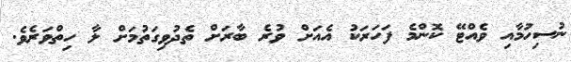
ނުސިހުމާއި ވެއްޓޭ ކޮންމެ ފަހަރަކު އެއަށް ވުރެ ބާރަށް ތެދުވިގަތުމަށް ލާ ހިތްވަރެވެ.